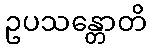
ဥပသန္တောတိ